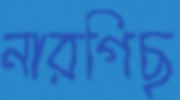
নারগিছ